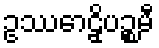
ဥဿောဠှိပဉ္စမီ